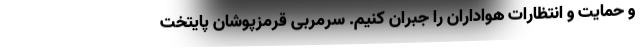
و حمایت و انتظارات هواداران را جبران کنیم. سرمربی قرمزپوشان پایتخت